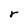
Character: r